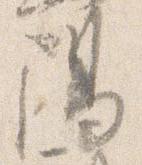
陽